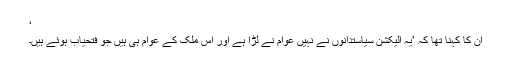
‘
ان کا کہنا تھا کہ ’یہ الیکشن سیاستدانوں نے نہیں عوام نے لڑا ہے اور اس ملک کے عوام ہی ہیں جو فتحیاب ہوئے ہیں۔